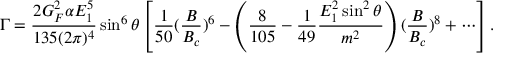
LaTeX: \Gamma = { \frac { 2 G _ { F } ^ { 2 } \alpha E _ { 1 } ^ { 5 } } { 1 3 5 ( 2 \pi ) ^ { 4 } } } \sin ^ { 6 } \theta \left[ { \frac { 1 } { 5 0 } } ( { \frac { B } { B _ { c } } } ) ^ { 6 } - \left( { \frac { 8 } { 1 0 5 } } - { \frac { 1 } { 4 9 } } { \frac { E _ { 1 } ^ { 2 } \sin ^ { 2 } \theta } { m ^ { 2 } } } \right) ( { \frac { B } { B _ { c } } } ) ^ { 8 } + \cdots \right] .